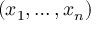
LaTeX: ( x _ { 1 } , \ldots , x _ { n } )